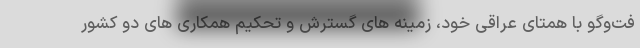
فت‌وگو با همتای عراقی خود، زمینه های گسترش و تحکیم همکاری های دو کشور